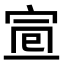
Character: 𡨈